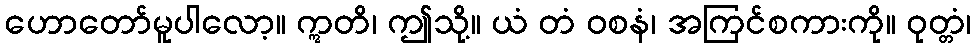
ဟောတော်မူပါလော့။ ဣတိ၊ ဤသို့။ ယံ တံ ဝစနံ၊ အကြင်စကားကို။ ဝုတ္တံ၊